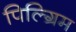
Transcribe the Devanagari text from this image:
पिल्ग्रिम